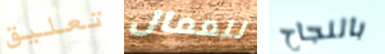
تعليق للعمال بالنجاح